Treatise on elephants
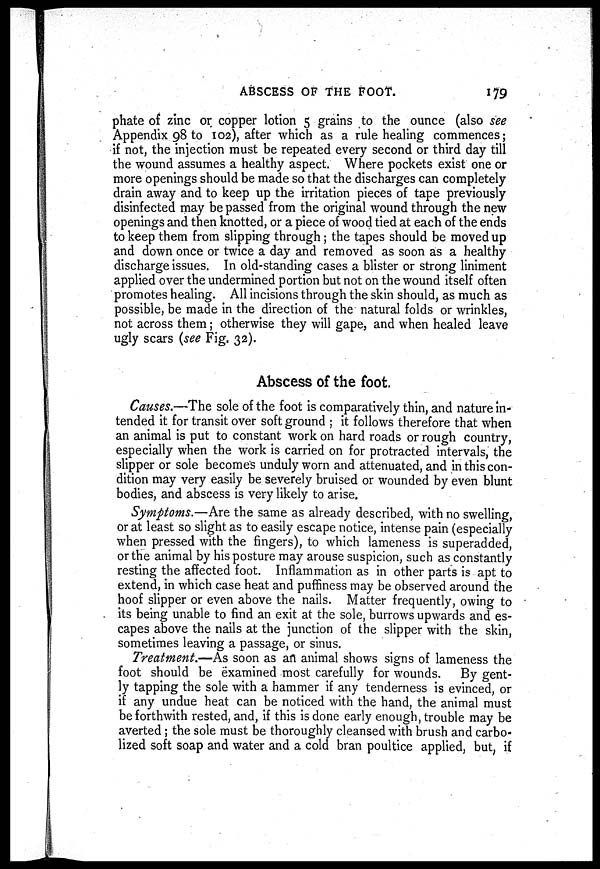
ABSCESS OF THE FOOT.
179
phate of zinc or copper lotion 5 grains to the ounce (also see
Appendix 98 to 102), after which as a rule healing commences;
if not, the injection must be repeated every second or third day till
the wound assumes a healthy aspect. Where pockets exist one or
more openings should be made so that the discharges can completely
drain away and to keep up the irritation pieces of tape previously
disinfected may be passed from the original wound through the new
openings and then knotted, or a piece of wood tied at each of the ends
to keep them from slipping through; the tapes should be moved up
and down once or twice a day and removed as soon as a healthy
discharge issues. In old-standing cases a blister or strong liniment
applied over the undermined portion but not on the wound itself often
promotes healing. All incisions through the skin should, as much as
possible, be made in the direction of the natural folds or wrinkles,
not across them; otherwise they will gape, and when healed leave
ugly scars (see Fig. 32).
Abscess of the foot.
Causes.—The sole of the foot is comparatively thin, and nature in-
tended it for transit over soft ground ; it follows therefore that when
an animal is put to constant work on hard roads or rough country,
especially when the work is carried on for protracted intervals, the
slipper or sole becomes unduly worn and attenuated, and in this con-
dition may very easily be severely bruised or wounded by even blunt
bodies, and abscess is very likely to arise.
Symptoms.—Are the same as already described, with no swelling,
or at least so slight as to easily escape notice, intense pain (especially
when pressed with the fingers), to which lameness is superadded,
or the animal by his posture may arouse suspicion, such as constantly
resting the affected foot. Inflammation as in other parts is apt to
extend, in which case heat and puffiness may be observed around the
hoof slipper or even above the nails. Matter frequently, owing to
its being unable to find an exit at the sole, burrows upwards and es-
capes above the nails at the junction of the slipper with the skin,
sometimes leaving a passage, or sinus.
Treatment.—As soon as an animal shows signs of lameness the
foot should be examined most carefully for wounds. By gent-
ly tapping the sole with a hammer if any tenderness is evinced, or
if any undue heat can be noticed with the hand, the animal must
be forthwith rested, and, if this is done early enough, trouble may be
averted; the sole must be thoroughly cleansed with brush and carbo-
lized soft soap and water and a cold bran poultice applied, but, if